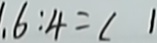
6 : 4 = ( 1